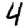
Digit: 4